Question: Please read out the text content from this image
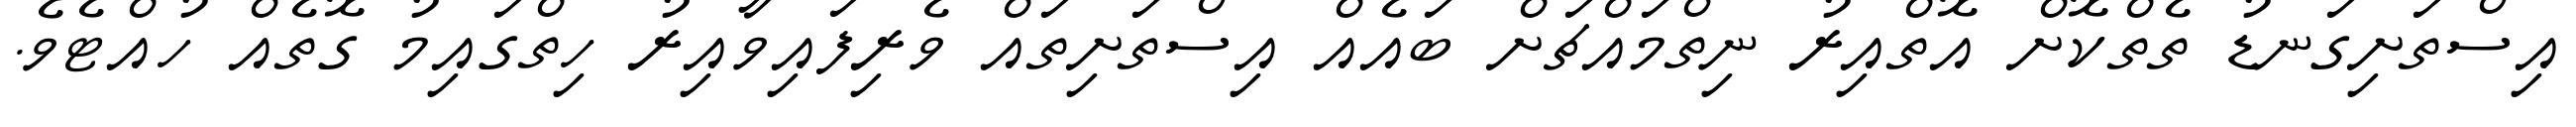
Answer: އިސްތަށިގަނޑު ތެތްކޮށް އޮތްއިރު ނިތްމައްޗަށް ބައެއް އިސްތަށިތައް ވެރިފައިވާއިރު ހިތްގައިމު ގޮތެއް ހުއްޓެވެ.